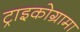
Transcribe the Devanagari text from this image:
ट्राइकोग्रामा